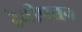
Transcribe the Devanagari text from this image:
देवीपतन